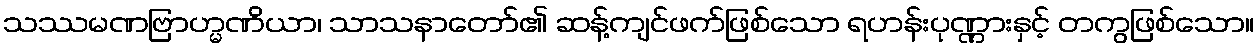
သဿမဏဗြာဟ္မဏိယာ၊ သာသနာတော်၏ ဆန့်ကျင်ဖက်ဖြစ်သော ရဟန်းပုဏ္ဏားနှင့် တကွဖြစ်သော။